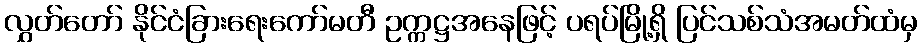
လွှတ်တော် နိုင်ငံခြားရေးကော်မတီ ဥက္ကဋ္ဌအနေဖြင့် ပရပ်မြို့ရှိ ပြင်သစ်သံအမတ်ထံမှ